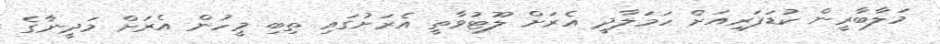
މަލާބާރީން ކުޑަފަރިއަށް ހަމަލާދީ އެރަށް ލޫޓުވާތީ އެރަށުގައި ތިބި މީހުން އެރަށް މަދީނާގެ